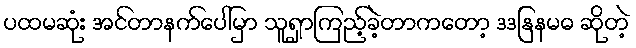
ပထမဆုံး အင်တာနက်ပေါ်မှာ သူရှာကြည့်ခဲ့တာကတော့ ဒဒနြနမဓ ဆိုတဲ့